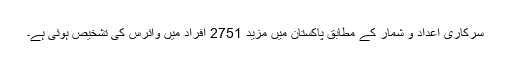
سرکاری اعداد و شمار کے مطابق پاکستان میں مزید 2751 افراد میں وائرس کی تشخیص ہوئی ہے۔